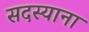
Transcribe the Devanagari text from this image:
सदस्याना